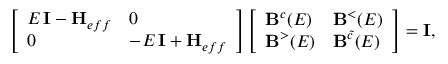
\left[ \begin{array} { l l } { E \, \mathbf { I } - \mathbf { H } _ { e f f } } & { 0 } \\ { 0 } & { - E \, \mathbf { I } + \mathbf { H } _ { e f f } } \end{array} \right] \left[ \begin{array} { l l } { \mathbf { B } ^ { c } ( E ) } & { \mathbf { B } ^ { < } ( E ) } \\ { \mathbf { B } ^ { > } ( E ) } & { \mathbf { B } ^ { \tilde { c } } ( E ) } \end{array} \right] = \mathbf { I } ,